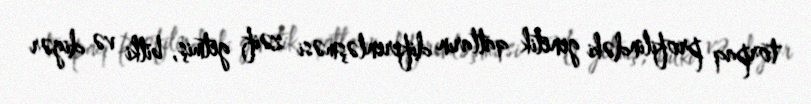
torpaq profilindəki genetik qatların diferenləşməsi zəif getmiş, bitki və digər